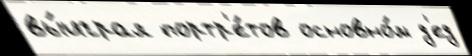
вы́играл портр'е́тов основно́м д'ед